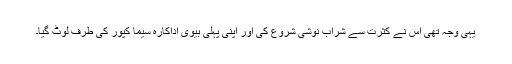
یہی وجہ تھی اس نے کثرت سے شراب نوشی شروع کی اور اپنی پہلی بیوی اداکارہ سیما کپور کی طرف لوٹ گیا۔